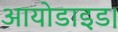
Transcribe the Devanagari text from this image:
आयोडाइड।